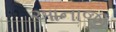
આનાજી